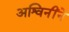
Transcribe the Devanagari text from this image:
अश्विनींने